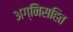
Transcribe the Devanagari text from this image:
अग्निसहित